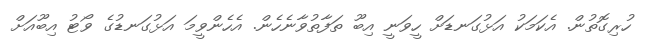
ހުރިގޮތުން. އެކަމަކު އަޅުގަނޑަށް ހީވަނީ އިބޫ ތަފާތުވާނެހެން. އެހެންވީމަ އަޅުގަނޑުގެ ވޯޓު އިބޫއަށް